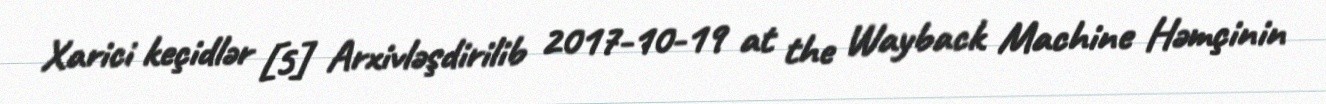
Xarici keçidlər [5] Arxivləşdirilib 2017-10-19 at the Wayback Machine Həmçinin